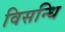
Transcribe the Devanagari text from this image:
विसन्धि